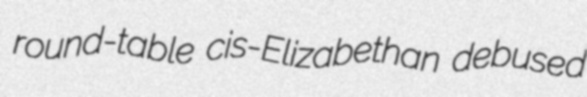
round-table cis-Elizabethan debused